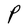
Character: P